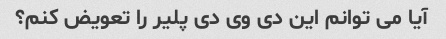
آیا می توانم این دی وی دی پلیر را تعویض کنم؟